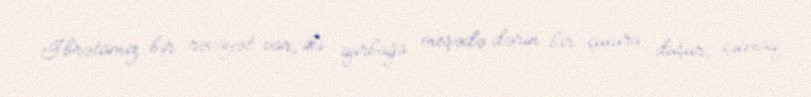
İbrətamiz bir rəvayət var, iki qurbağa meşədə dərin bir çuxura düşür, çıxmaq